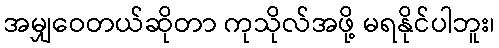
အမျှဝေတယ်ဆိုတာ ကုသိုလ်အဖို့ မရနိုင်ပါဘူး၊